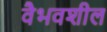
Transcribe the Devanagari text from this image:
वैभवशील